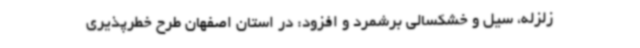
زلزله، سیل و خشکسالی برشمرد و افزود: در استان اصفهان طرح خطرپذیری